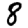
Digit: 8